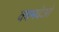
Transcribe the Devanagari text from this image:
कामदेओ